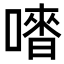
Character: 𠽳